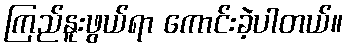
ကြည်နူးဖွယ်ရာ ကောင်းခဲ့ပါတယ်။